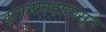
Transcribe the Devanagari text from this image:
झगमगाटापासून